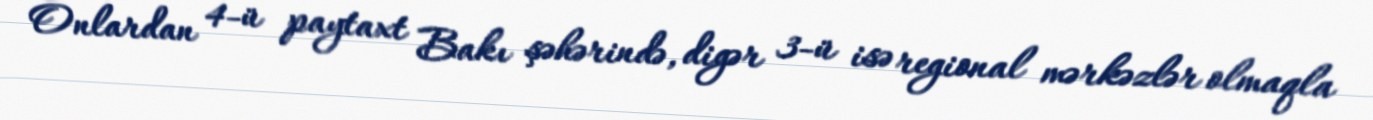
Onlardan 4-ü paytaxt Bakı şəhərində, digər 3-ü isə regional mərkəzlər olmaqla